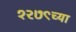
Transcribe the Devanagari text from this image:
१२७९च्या